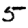
Digit: 5